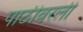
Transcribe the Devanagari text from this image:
पाठीवरली